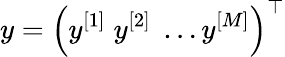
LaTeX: y=\left(y^{[1]}\; y^{[2]}\; \ldots y^{[M]}\right)^{\top}